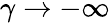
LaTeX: \gamma\rightarrow-\infty